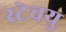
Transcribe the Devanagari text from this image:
स्टेचयु